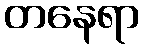
တနေရာ